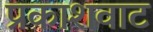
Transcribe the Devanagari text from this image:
प्रकाशवाट